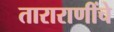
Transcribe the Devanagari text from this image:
ताराराणींचे